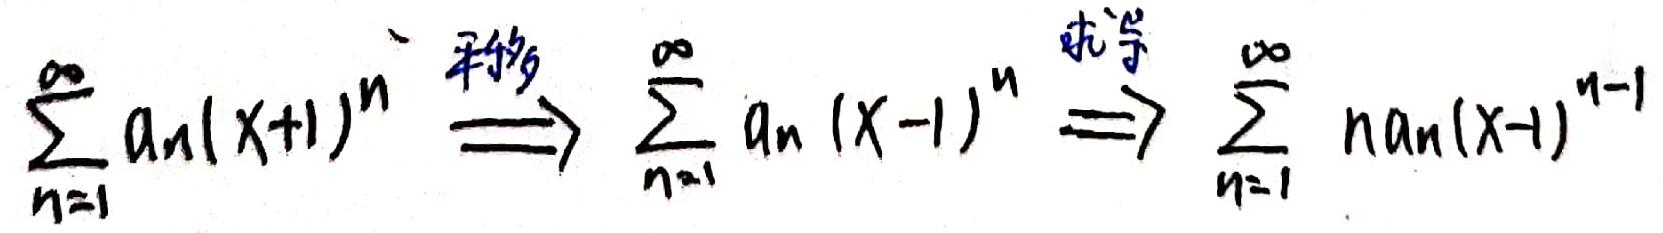
\(\sum_{n = 1}^{\infty} a_n (x + 1)^n \stackrel{\text{平移}}{\Longrightarrow} \sum_{n = 1}^{\infty} a_n (x - 1)^n \stackrel{\text{求导}}{\Longrightarrow} \sum_{n = 1}^{\infty} n a_n (x - 1)^{n - 1}\)